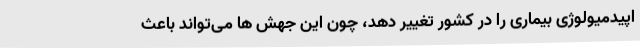
اپیدمیولوژی بیماری را در کشور تغییر دهد، چون این جهش ها می‌تواند باعث